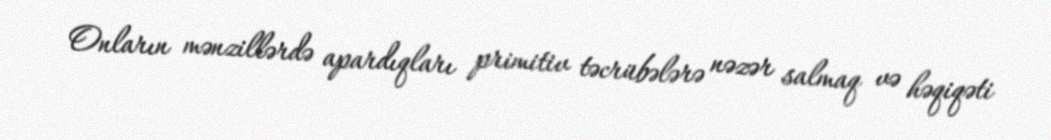
Onların mənzillərdə apardıqları primitiv təcrübələrə nəzər salmaq və həqiqəti